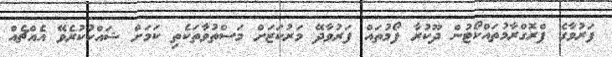
ފަރުވާގެ ޕްރޮގްރާމުތައްކޯޓުން ދޫކުރާ ފޯމުތައް ފަރުވާދޭ މަރުކަޒަށް މަސްތުވާތަކެތި ކަމަށް ޝައްކުކުރެވޭ އެއްޗެއް